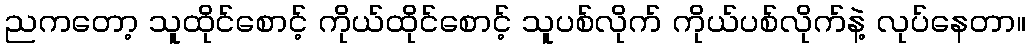
ညကတော့ သူထိုင်စောင့် ကိုယ်ထိုင်စောင့် သူပစ်လိုက် ကိုယ်ပစ်လိုက်နဲ့ လုပ်နေတာ။